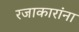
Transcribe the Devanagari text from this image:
रजाकारांना